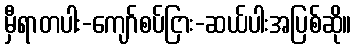
မှီရာတပါး-ကျော်စပ်ငြား-ဆယ်ပါးအပြစ်ဆို။